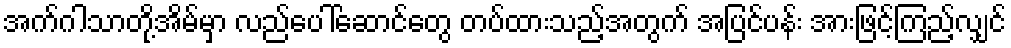
အက်ဂါသာတို့အိမ်မှာ လည်ပေါ်ဆောင်တွေ တပ်ထားသည့်အတွက် အပြင်ပန်း အားဖြင့်ကြည့်လျှင်